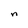
Character: n